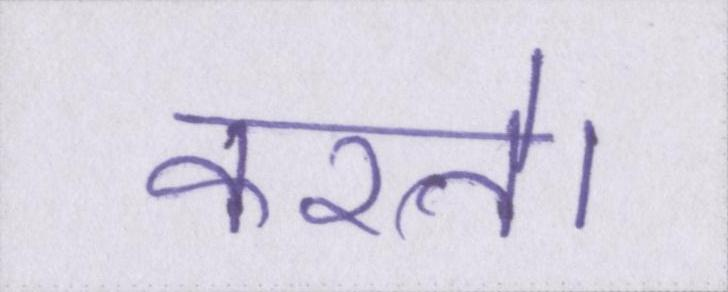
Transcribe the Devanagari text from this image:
करते।